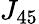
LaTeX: J_{45}